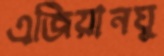
এজিয়ানঘু